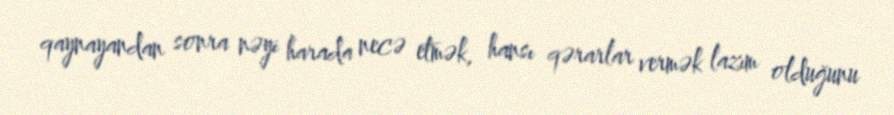
qaynayandan sonra nəyi harada necə etmək, hansı qərarlar vermək lazım olduğunu